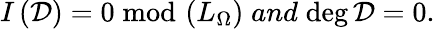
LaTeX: I\left({\cal D}\right)=0\; \mathrm{mod}\, \left(L_{\Omega}\right)\; and\; \mathrm{deg}\, {\cal D}=0.